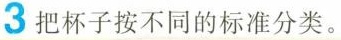
3 把杯子按不同的标准分类。